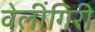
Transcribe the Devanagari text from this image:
वेलींगिरी